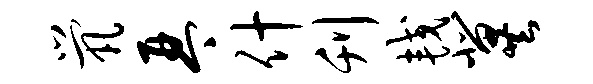
茕琴什刊较冀